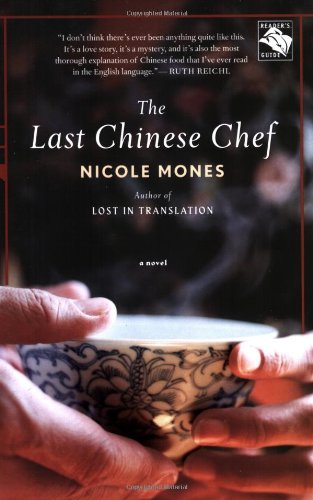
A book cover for The Last Chinese Chef: A Novel; Nicole Mones; Cookbooks, Food & Wine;